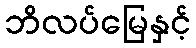
ဘိလပ်မြေနှင့်